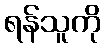
ရန်သူကို